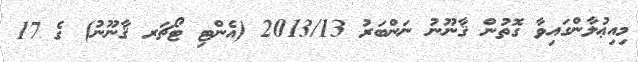
މިއިޢުލާންގައިިވާ ގޮތުން ޤާނޫނު ނަންބަރު 2013/13 (އެންޓި ޓޯޗަރ ޤާނޫނު) ގެ 17